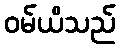
ဝမ်ယိသည်